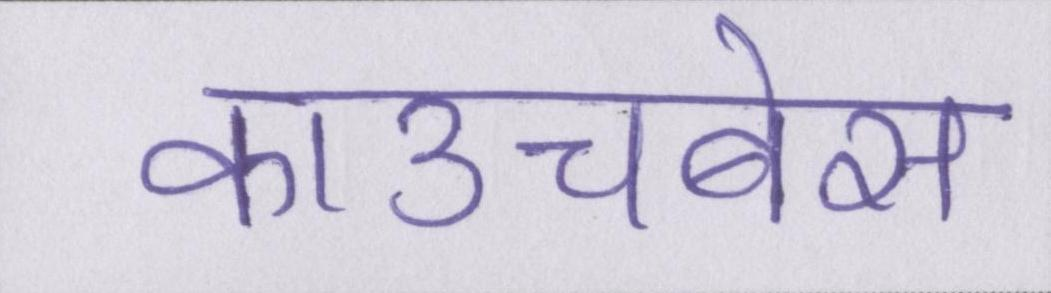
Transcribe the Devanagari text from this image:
काउचबेस